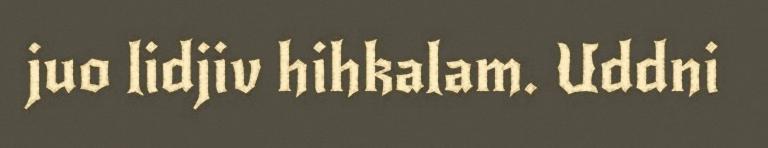
juo lidjiv hihkalam. Uddni